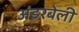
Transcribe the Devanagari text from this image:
अंडरबेली